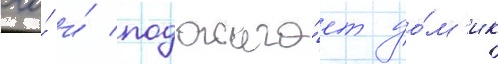
его́ и́ поджига́ет до́м'ик